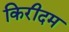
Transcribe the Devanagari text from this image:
किरीदम